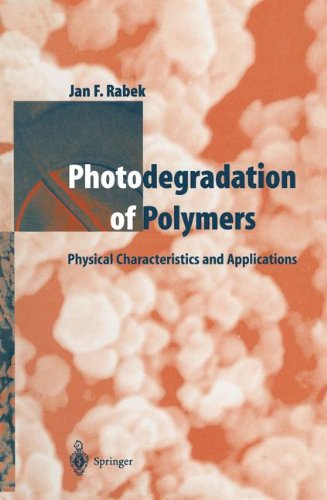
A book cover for Photodegradation of Polymers: Physical Characteristics and Applications; Jan F. Rabek; Science & Math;